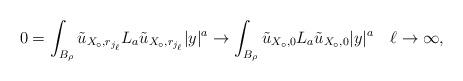
LaTeX: \begin{align*}0 = \int_{B_\rho} \tilde{u}_{X_\circ,r_{j_\ell}} L_a \tilde{u}_{X_\circ,r_{j_\ell}} |y|^a \to \int_{B_\rho} \tilde u_{X_\circ,0} L_a \tilde u_{X_\circ,0} |y|^a \quad\ell \to \infty,\end{align*}